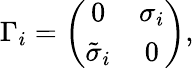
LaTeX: \Gamma_{i}=\left(\begin{array}{cc}{{0}}&{{\sigma_{i}}}\\ {{{\tilde{\sigma}}_{i}}}&{{0}}\end{array}\right),